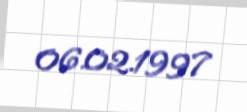
06.02.1997